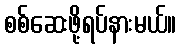
စစ်ဆေးဖို့ရပ်နားမယ်။